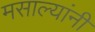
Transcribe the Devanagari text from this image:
मसाल्यांनी